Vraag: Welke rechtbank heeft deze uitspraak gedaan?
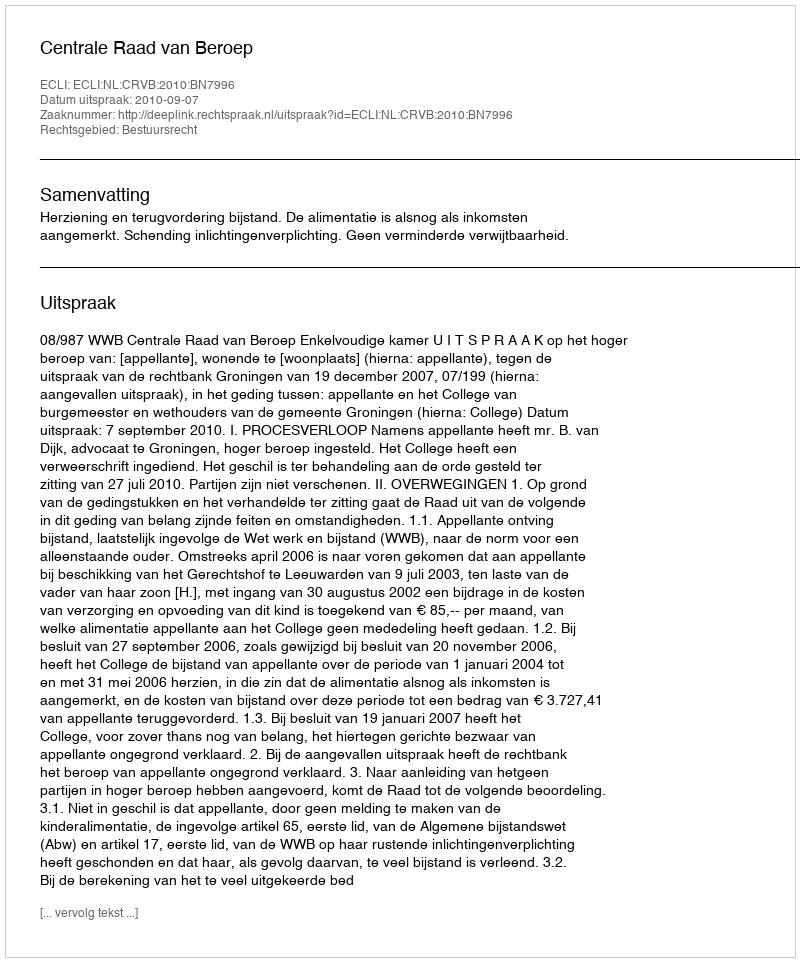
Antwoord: Centrale Raad van Beroep